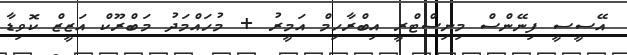
އޭސީސީ ފިނޭންސް މިނިސްޓްރީ އިބްރާހިމް އަމީރު + މުހައްމަދު މަބްރޫކް އަޒީޒް ކޮވިޑާ